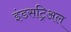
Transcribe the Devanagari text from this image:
इंडसट्रिअल